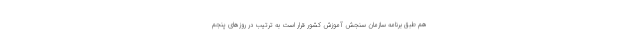
هم طبق برنامه سازمان سنجش آموزش کشور قرار است به ترتیب در روزهای پنجم